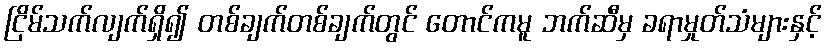
ငြိမ်သက်လျက်ရှိ၍ တစ်ချက်တစ်ချက်တွင် တောင်ကမူ ဘက်ဆီမှ ခရာမှုတ်သံများနှင့်